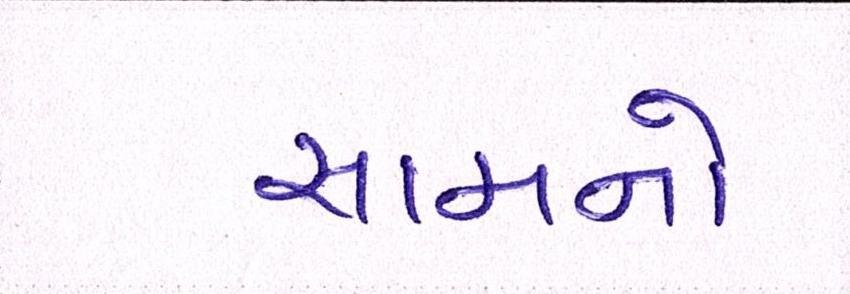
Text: સામનો